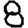
Digit: 8